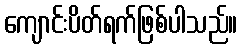
ကျောင်းပိတ်ရက်ဖြစ်ပါသည်။